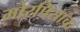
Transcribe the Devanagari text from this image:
मोरपिसाचा